Vaccination North-Western Provinces and Oudh 1878-1895 - 1878-1895
Year: 1878
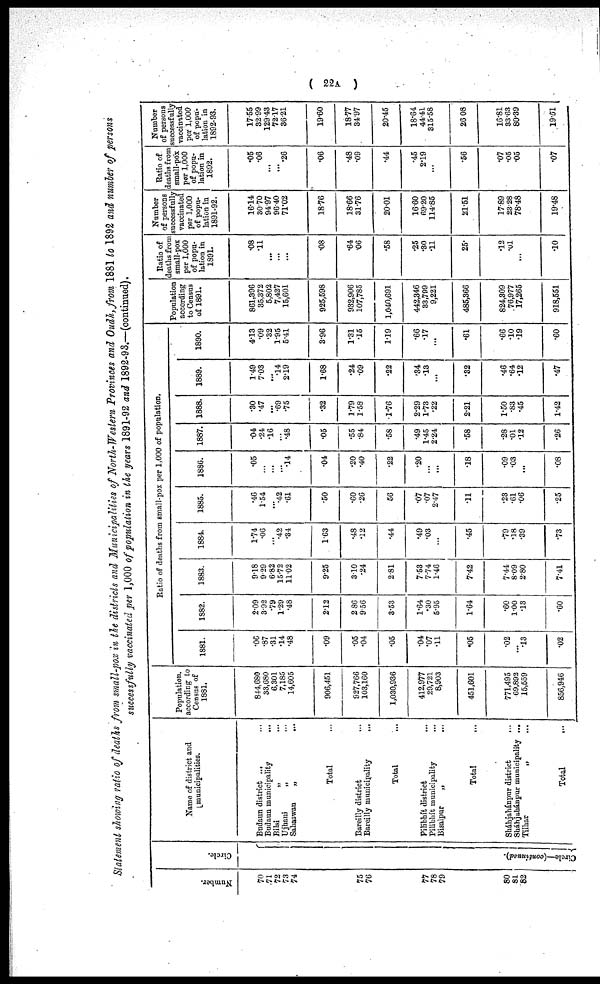
( 22A )
Statement showing ratio of deaths from small-pox in the districts and Municipalities of North-Western Provinces and Oudh,from 1881 to 1892 and number of persons
successfully vaccinated per 1,000 of population in the years 1891-92 and 1892-93.—(continued).
Number.
70
71
72
73
74
75
76
77
78
79
80
81 82
Circle.
Circle—(continued).
Name of district and
municipalities.
Budaun district ... ...
Budaun municipality
...
Bilsi „ ...
Ujhani „ ...
Sabaswan „ ...
Total ...
Bareilly district ...
Bareilly municipality
...
Total ...
Pilibhít district ...
Pilibhít municipality ...
Bisalpur
„
...
Total ...
Sháhjahánpur district
...
Sháhjahánpur municipality ...
Tilhar
„ ...
Total ...
Population.
according to
Census of
1881.
844,680
33,680
6,301
7,185
14,605
906,451
927,766
103,160
1,030,936
412,977
29,721
8,903
451,601
771,495
69,892
15,559
856,946
Ratio of deaths from small-pox per 1,000 of population.
1881.
.06
.87
.31
.14
.48
.09
.05
.04
.05
.04
.07
.11
.05
.02
...
.13
.02
1882.
2.09
3.92
.79
1.29
.48
2.12
2.86
9.56
3.53
1.64
.30
5.95
1.64
.60
1.00
.13
.60
1883.
9.18
9.29
6.82
15.72
11.02
9.25
3.10
.24
2.81
7.53
7.74
1.46
7.42
7.44
8.09
2.80
7.41
1884.
1.74
.06
...
.42
.34
1.63
.48
.12
.44
.49
.03
...
.45
.79
.18
.39
.73
1885.
.46
1.54
...
.42
.61
.50
.60
.26
56
.07
.07
2.47
.11
.23
.61
.06
.25
1886.
.05
...
...
...
.14
.04
.20
.40
.22
.20
...
...
.18
.09
.03
...
.08
1887.
.04
.24
.16
...
.48
.05
.55
.84
.58
.49
1.45
2.24
.58
.28
.01
.12
.26
1888.
.30
.47
...
.69
.75
.32
1.79
1.58
.1.76
2.29
1.73
.22
2.21
1.50
.83
.45
1.42
1889.
1.49
7.03
...
.14
2.19
1.68
.24
.09
.22
.34
.13
...
.32
.46
.64
.12
.47
1890.
4.13
.09
.32
1.95
5.41
3.96
1.31
.15
1.19
.66
.17
...
.61
.66
.10
.19
.60
Population
according
to Census
of 1891.
861,396
35,372
5,802
7,427
15,601
925,598
932,906
107,785
1,040,691
442,346
33,799
9,221
485,366
824,309
.76,977
17,265
918,551
Ratio of
deaths from
small-pox
per 1,000
of popu-
lation in
1891.
.08
.11
...
...
...
.08
.64
.06
.58
.25
.30
.11
25.
.12
.01
...
.10
Number
of persons
successfully
vaccinated
per 1,000
of popu-
lation in
1891-92.
16.14
30.70
94.97
96.40
71.02
18.76
18.66
31.76
20.01
16.60
69.20
114.85
21.51
17.89
23.28
78.48
19.48
Ratio of
deaths from
small-pox
per 1,000
of popu-
lation in
1892.
.05
.06
...
...
.26
.06
.48
.09
.44
.45
2.19
...
.56
.07
.05
.05
.07
Number
of person
successfull
vaccinated
per 1,000
of popu-
lation in
1892-93.
17.55
32.99
129.43
72.17
36.21
19.60
18.77
34.97
20.45
18.64
44.41
815.58
26.08
16.81
83.63
80.39
19.51